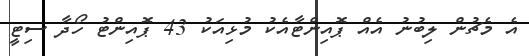
އެ މެޗުން ލިބުނު އެއް ޕޮއިންޓާއެކު މުޅިއަކު 43 ޕޮއިންޓު ހޯދާ ސިޓީ